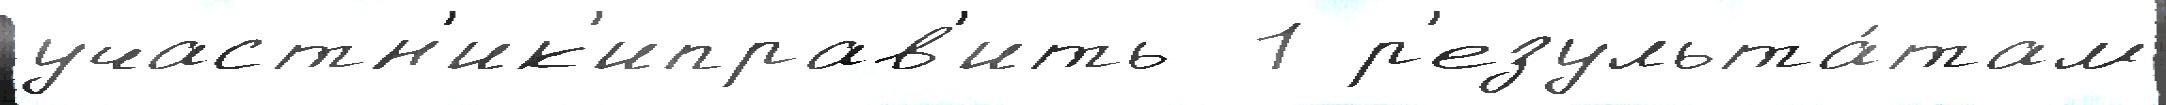
участн'ик'иправ'ить  1 р'езульта́там